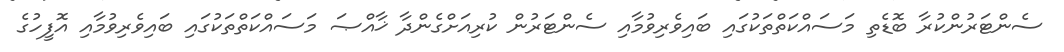
ސެންޓަރުންކުރާ ބޮޑެތި މަސައްކަތްތަކުގައި ބައިވެރިވުމާއި ސެންޓަރުން ކުރިއަށްގެންދާ ޚާއްޞަ މަސައްކަތްތަކުގައި ބައިވެރިވުމާއި އޮފީހުގެ